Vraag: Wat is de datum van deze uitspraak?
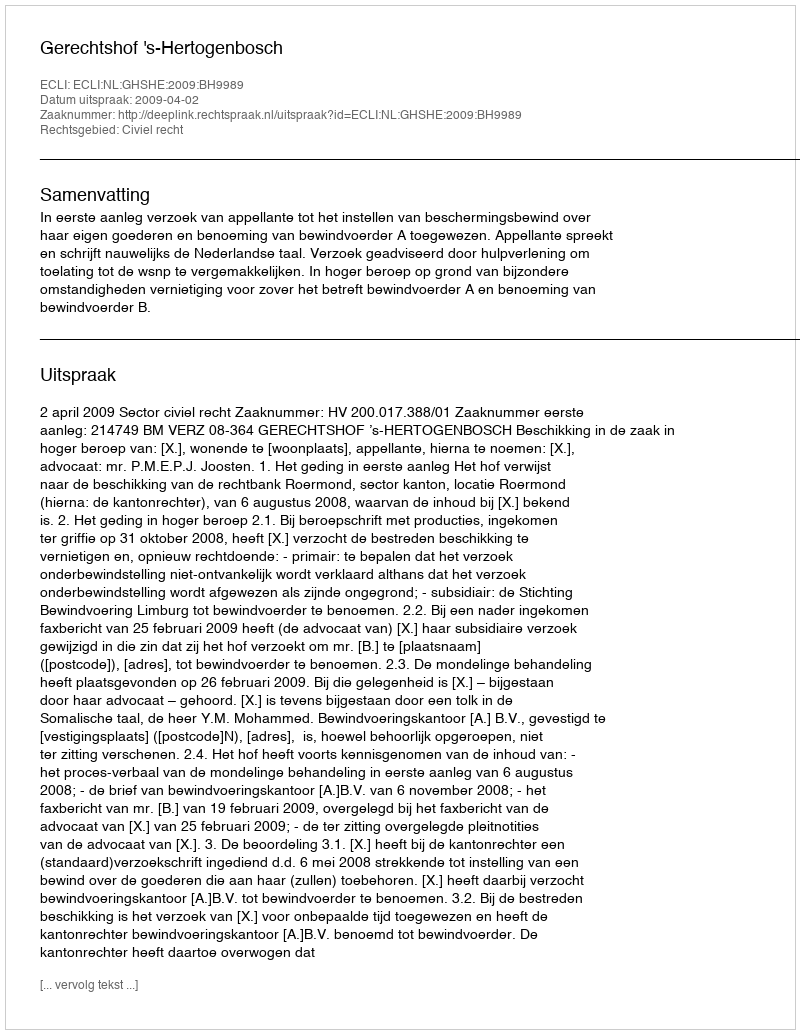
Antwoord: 2009-04-02